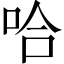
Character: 哈